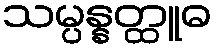
သမ္ပန္နတ္ထူဓ